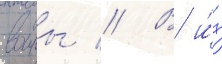
воины // В и́х